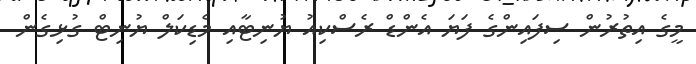
މީގެ އިތުރުން ސިފައިންގެ ފަޔަ އެންޑް ރެސްކިއު ޔުނިޓާއި މެޑިކަލް ޔުނިޓް ގުޅިގެން